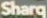
Sharq